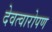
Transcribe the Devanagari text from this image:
देवत्वारोपण